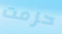
حزمت